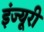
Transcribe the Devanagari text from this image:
इंज्यूरी